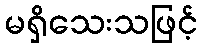
မရှိသေးသဖြင့်